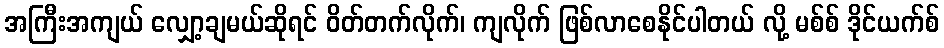
အကြီးအကျယ် လျှော့ချမယ်ဆိုရင် ဝိတ်တက်လိုက်၊ ကျလိုက် ဖြစ်လာစေနိုင်ပါတယ် လို့ မစ်စ် ဒိုင်ယက်စ်